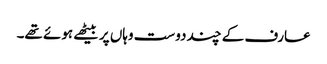
عارف کے چند دوست وہاں پر بیٹھے ہوئے تھے۔